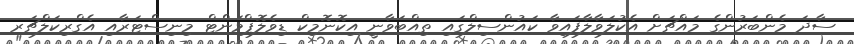
ސާދަ މެންބަރުންގެ މައްޗަށް އެކުލަވާލާފައިވާ ކައުންސިލްގައި ތިއްބަވާނީ އިކޮނޮމިކް ޑިވެލޮޕްމަންޓް މިނިސްޓަރާއި އެގްރިކަލްޗަރ